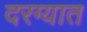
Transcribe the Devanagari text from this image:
दरग्यात